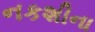
નકશીના